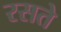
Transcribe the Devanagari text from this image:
रसते